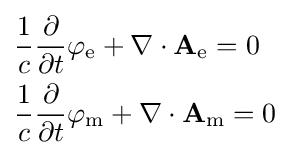
{\begin{aligned}&{\frac {1}{c}}{\frac {\partial }{\partial t}}\varphi _{\mathrm {e} }+\nabla \cdot \mathbf {A} _{\mathrm {e} }=0\\&{\frac {1}{c}}{\frac {\partial }{\partial t}}\varphi _{\mathrm {m} }+\nabla \cdot \mathbf {A} _{\mathrm {m} }=0\\\end{aligned}}